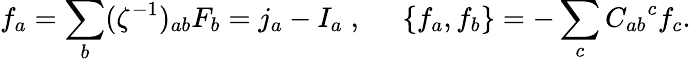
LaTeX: f_{a}=\sum_{b}(\zeta^{-1})_{ab}F_{b}=j_{a}-I_{a}\; ,\; \; \; \; \; \{ f_{a},f_{b}\} =-\sum_{c}{C_{ab}}^{c}f_{c}.